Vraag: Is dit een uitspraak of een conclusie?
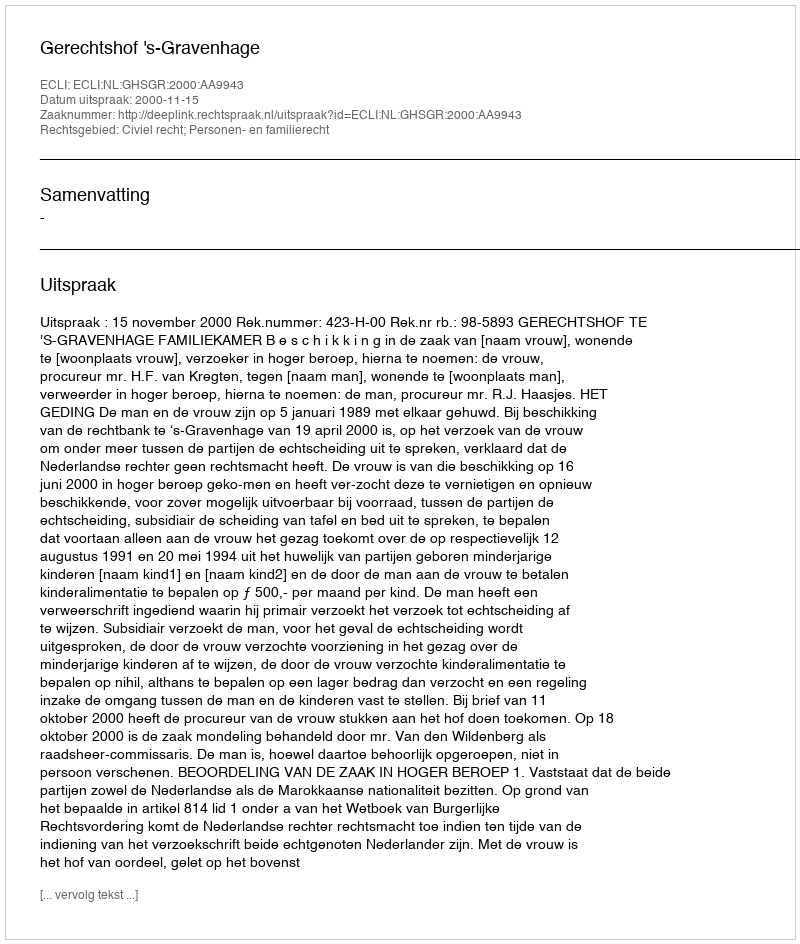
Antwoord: Uitspraak